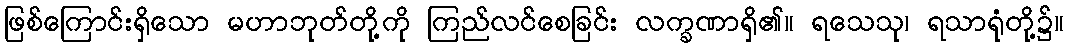
ဖြစ်ကြောင်းရှိသော မဟာဘုတ်တို့ကို ကြည်လင်စေခြင်း လက္ခဏာရှိ၏။ ရသေသု၊ ရသာရုံတို့၌။